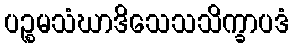
ပဉ္စမသံဃာဒိသေသသိက္ခာပဒံ